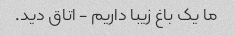
ما یک باغ زیبا داریم - اتاق دید.